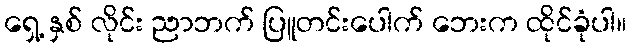
ရှေ့ နှစ် လိုင်း ညာဘက် ပြူတင်းပေါက် ဘေးက ထိုင်ခုံပါ။